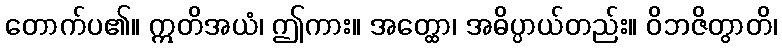
တောက်ပ၏။ ဣတိအယံ၊ ဤကား။ အတ္ထော၊ အဓိပ္ပာယ်တည်း။ ဝိဘဇိတွာတိ၊